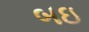
બઇ